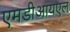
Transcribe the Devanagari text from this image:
एमडीआयएल